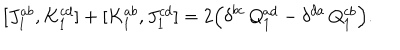
[ J _ { 1 } ^ { a b } , K _ { 1 } ^ { c d } ] + [ K _ { 1 } ^ { a b } , J _ { 1 } ^ { c d } ] = 2 \Bigl ( \delta ^ { b c } \, Q _ { 1 } ^ { a d } - \delta ^ { d a } \, Q _ { 1 } ^ { c b } \Bigr ) .